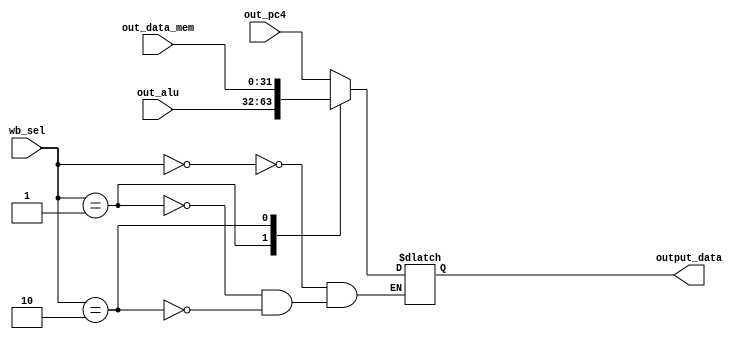
module writeback(
	// outputs
	output_data,
	// inputs
	out_data_mem, out_pc4, out_alu, wb_sel);

	output reg [31:0] output_data;
	input[2:0] wb_sel;
	input [31:0] out_data_mem, out_pc4, out_alu;
	always@(wb_sel) begin
		case(wb_sel)
			0: output_data <= out_pc4;
			1: output_data <= out_alu;
			2: output_data <= out_data_mem;
		endcase
	end
endmodule